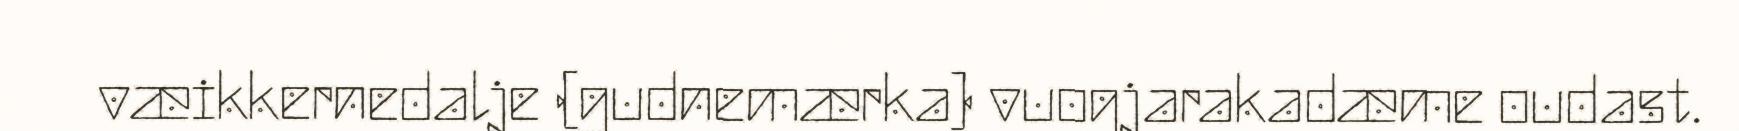
væikkernedalje (gudnemærka) vuogjarakadæme oudast.